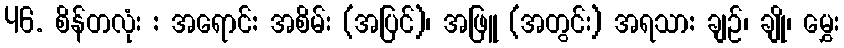
46. စိန်တလုံး : အရောင်: အစိမ်း (အပြင်)၊ အဖြူ (အတွင်း) အရသာ: ချဉ်၊ ချို၊ မွှေး